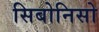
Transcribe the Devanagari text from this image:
सिबोनिसो